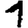
Digit: 1